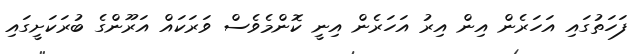
ފަހަތުގައި އަހަރެން އިން އިރު އަހަރެން އިނީ ކޮންމެވެސް ވަރަކައް އަރޫންގެ ބުރަކަށީގައި